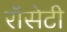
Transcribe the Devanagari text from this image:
रॉसेटी